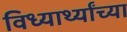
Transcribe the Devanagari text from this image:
विध्यार्थ्यांच्या